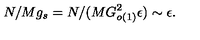
N / M g _ { s } = N / ( M G _ { o ( 1 ) } ^ { 2 } \epsilon ) \sim \epsilon .